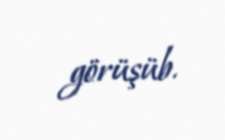
görüşüb.